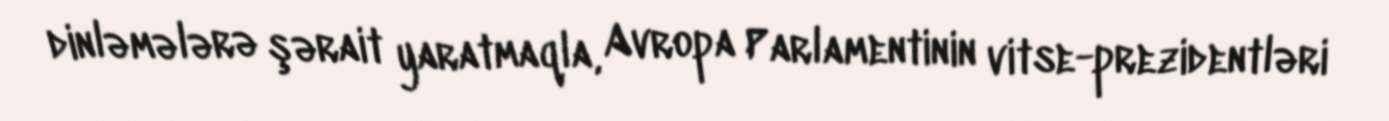
dinləmələrə şərait yaratmaqla, Avropa Parlamentinin vitse-prezidentləri